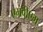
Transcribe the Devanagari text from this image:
एमबीएम